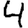
Digit: 4